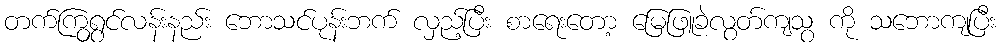
တက်ကြွရွှင်လန်းနည်း ဘောသင်ပုန်းဘက် လှည့်ပြီး စာရေးတော့ မြေဖြူခဲလွတ်ကျသွ ကို သဘောကျပြီး